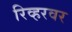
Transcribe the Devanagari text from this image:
रिव्हरवर